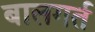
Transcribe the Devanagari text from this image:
बालगर्त